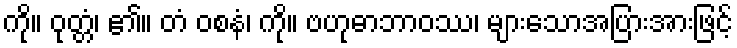
ကို။ ဝုတ္တံ၊ ၏။ တံ ဝစနံ၊ ကို။ ဗဟုဓာဘာဝဿ၊ များသောအပြားအားဖြင့်